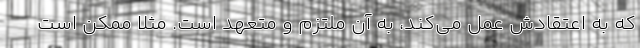
که به اعتقادش عمل می‌کند، به آن ملتزم و متعهد است. مثلاً ممکن است